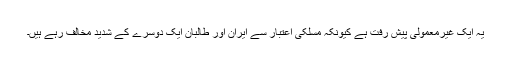
یہ ایک غیرمعمولی پیش رفت ہے کیونکہ مسلکی اعتبار سے ایران اور طالبان ایک دوسرے کے شدید مخالف رہے ہیں۔